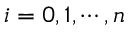
i = 0 , 1 , \cdots , n